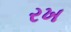
રખ